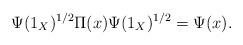
LaTeX: \begin{align*}\Psi(1_X)^{1/2}\Pi(x)\Psi(1_X)^{1/2}=\Psi(x).\end{align*}